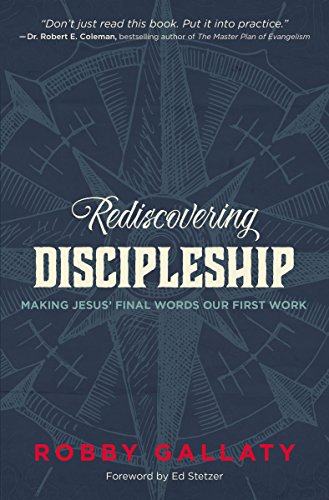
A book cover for Rediscovering Discipleship: Making Jesus' Final Words Our First Work; Robby F. Gallaty; Christian Books & Bibles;